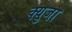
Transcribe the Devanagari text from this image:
क्युजा